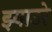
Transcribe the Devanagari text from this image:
झ्याउरे